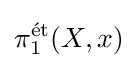
\pi _{1}^{\text{ét}}(X,x)